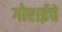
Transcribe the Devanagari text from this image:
गोराईचे